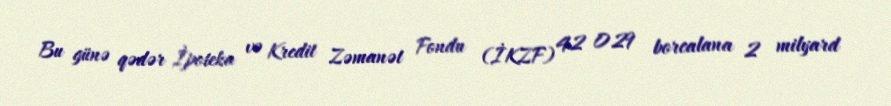
Bu günə qədər İpoteka və Kredit Zəmanət Fondu (İKZF) 42 029 borcalana 2 milyard